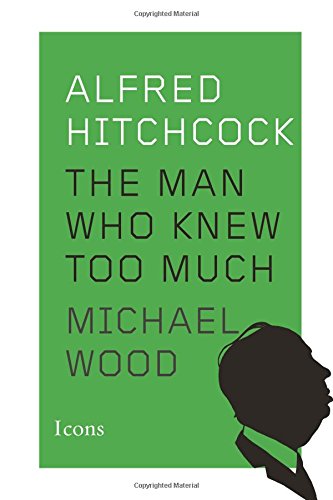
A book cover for Alfred Hitchcock: The Man Who Knew Too Much (Icons); Michael Wood; Arts & Photography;